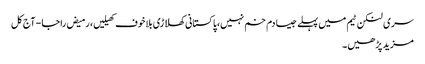
سری لنکن ٹیم میں پہلے جیسا دم خم نہیں،پاکستانی کھلاڑی بلاخوف کھیلیں، رمیض راجا - آج کل
مزید پڑھیں۔